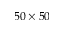
5 0 \times 5 0